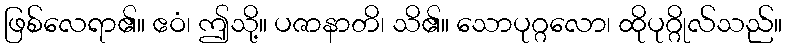
ဖြစ်လေရာ၏။ ဧဝံ၊ ဤသို့။ ပဇာနာတိ၊ သိ၏။ သောပုဂ္ဂလော၊ ထိုပုဂ္ဂိုလ်သည်။